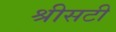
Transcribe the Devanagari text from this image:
श्रीसटी